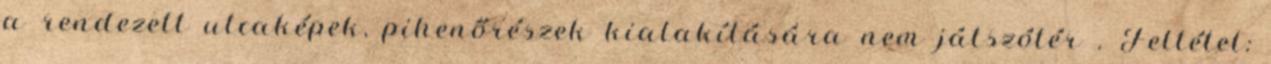
a rendezett utcaképek, pihenőrészek kialakítására nem játszótér . Feltétel: